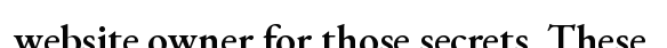
website owner for those secrets. These